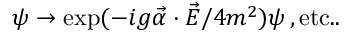
\psi \rightarrow \exp ( - i g \vec { \alpha } \cdot \vec { E } / 4 m ^ { 2 } ) \psi \, , \mathrm { e t c . . }